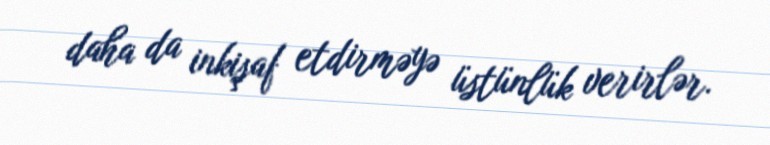
daha da inkişaf etdirməyə üstünlük verirlər.